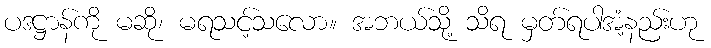
ပဒဋ္ဌာန်ကို မဆို၊ မရသင့်သလော။ အဘယ်သို့ သိရ မှတ်ရပါအံ့နည်းဟု